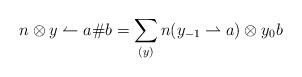
LaTeX: \begin{align*}n\otimes y \leftharpoonup a\#b = \sum_{(y)} n(y_{-1}\rightharpoonup a) \otimes y_0b\end{align*}